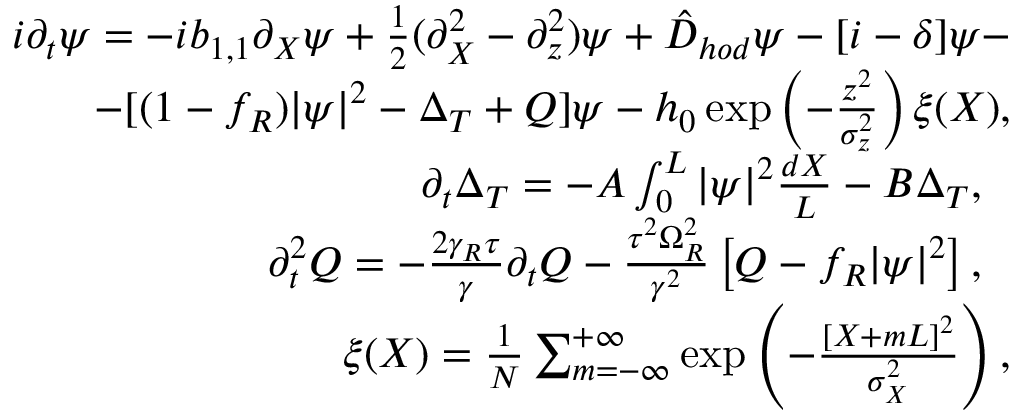
\begin{array} { r l r } & { } & { i \partial _ { t } \psi = - i b _ { 1 , 1 } \partial _ { X } \psi + \frac { 1 } { 2 } ( \partial _ { X } ^ { 2 } - \partial _ { z } ^ { 2 } ) \psi + \hat { D } _ { h o d } \psi - [ i - \delta ] \psi - } \\ & { } & { - [ ( 1 - f _ { R } ) | \psi | ^ { 2 } - \Delta _ { T } + Q ] \psi - h _ { 0 } \exp \left( - \frac { z ^ { 2 } } { \sigma _ { z } ^ { 2 } } \right) \xi ( X ) , } \\ & { } & { \partial _ { t } \Delta _ { T } = - A \int _ { 0 } ^ { L } | \psi | ^ { 2 } \frac { d X } { L } - B \Delta _ { T } , \ \ } \\ & { } & { \partial _ { t } ^ { 2 } Q = - \frac { 2 \gamma _ { R } \tau } { \gamma } \partial _ { t } Q - \frac { \tau ^ { 2 } \Omega _ { R } ^ { 2 } } { \gamma ^ { 2 } } \left[ Q - f _ { R } | \psi | ^ { 2 } \right] , \ \ } \\ & { } & { \xi ( X ) = \frac { 1 } { N } \sum _ { m = - \infty } ^ { + \infty } \exp \left( - \frac { [ X + m L ] ^ { 2 } } { \sigma _ { X } ^ { 2 } } \right) , } \end{array}